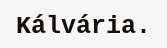
Kálvária.